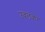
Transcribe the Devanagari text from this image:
उबलकर